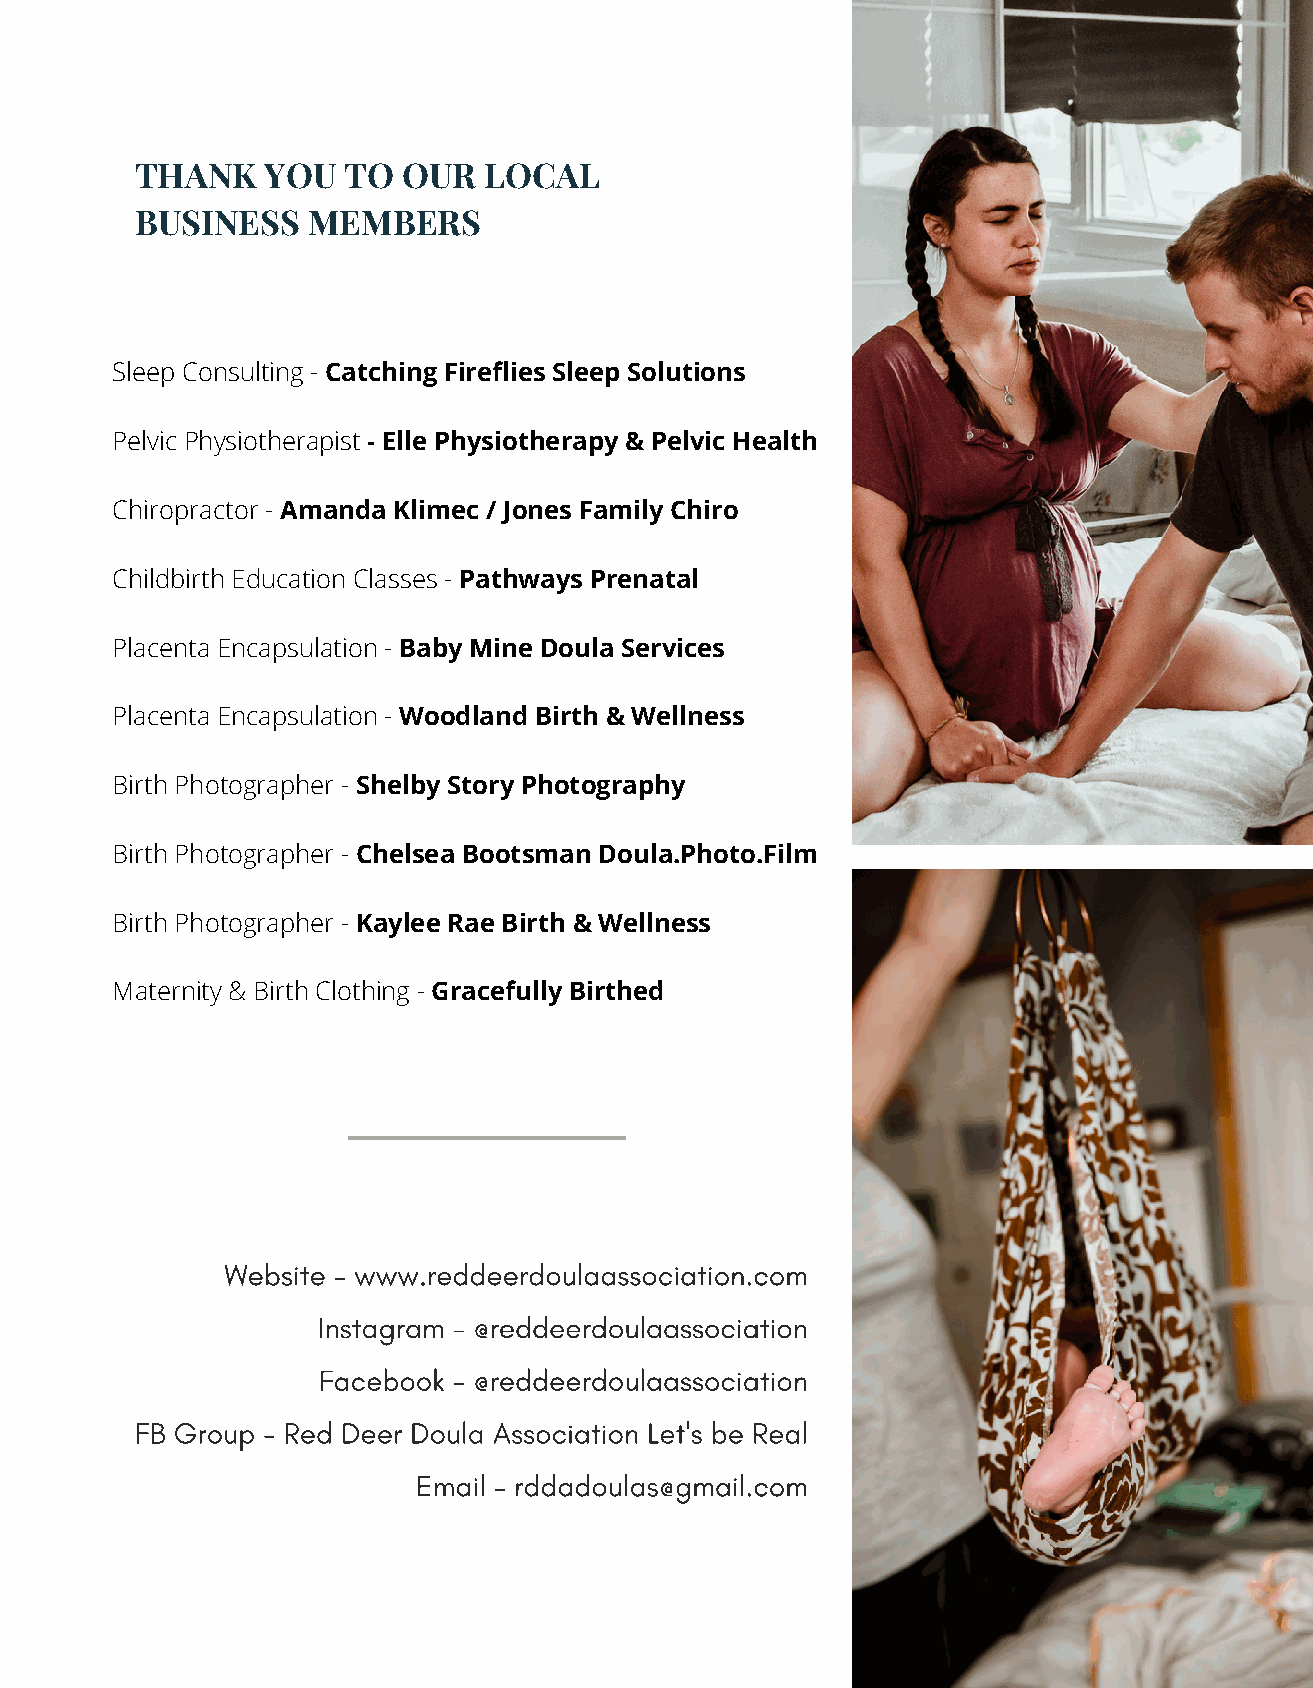
THANK   YOU   TO  OUR  LOCAL
 BUSINESS   MEMBERS
 Sleep Consulting - Catching Fireflies Sleep Solutions
 Pelvic Physiotherapist - Elle Physiotherapy & Pelvic Health
 Chiropractor - Amanda Klimec / Jones Family Chiro
 Childbirth Education Classes - Pathways Prenatal
 Placenta Encapsulation - Baby Mine Doula Services
 Placenta Encapsulation - Woodland Birth & Wellness
 Birth Photographer - Shelby Story Photography
 Birth Photographer - Chelsea Bootsman Doula.Photo.Film
 Birth Photographer - Kaylee Rae Birth & Wellness
 Maternity & Birth Clothing - Gracefully Birthed
 Website - www.reddeerdoulaassociation.com
 Instagram - @reddeerdoulaassociation
 Facebook - @reddeerdoulaassociation
 FB Group - Red Deer Doula Association Let's be Real
 Email - rddadoulas@gmail.com